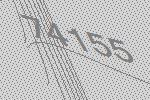
74155